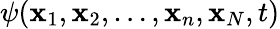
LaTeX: \psi(\mathbf{x}_{1},\mathbf{x}_{2},\ldots,\mathbf{x}_{n},\mathbf{x}_{N},t)